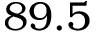
8 9 . 5